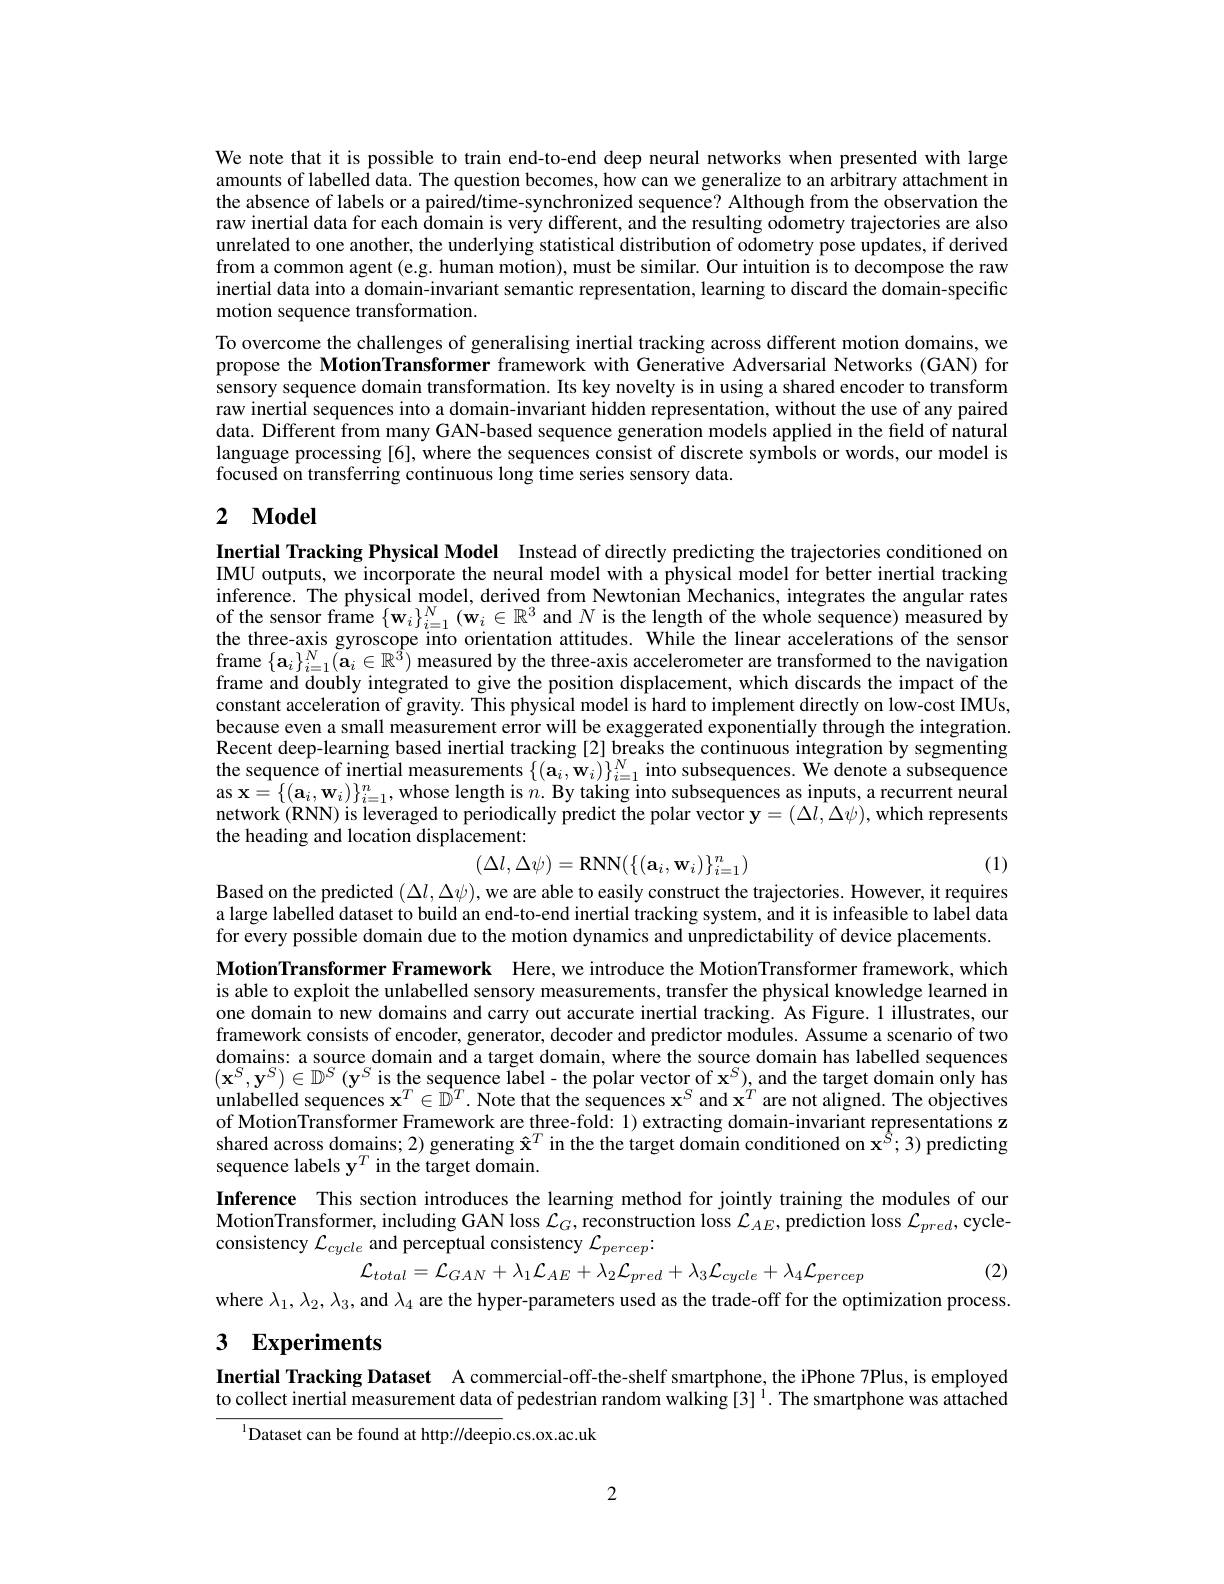
We note that it is possible to train end-to-end deep neural networks when presented with large amounts of labelled data. The question becomes, how can we generalize to an arbitrary attachment in the absence of labels or a paired/time-synchronized sequence? Although from the observation the raw inertial data for each domain is very different, and the resulting odometry trajectories are also unrelated to one another, the underlying statistical distribution of odometry pose updates, if derived from a common agent (e.g. human motion), must be similar. Our intuition is to decompose the raw inertial data into a domain-invariant semantic representation, learning to discard the domain-specific motion sequence transformation.
To overcome the challenges of generalising inertial tracking across different motion domains, we propose the MotionTransformer framework with Generative Adversarial Networks (GAN) for sensory sequence domain transformation. Its key novelty is in using a shared encoder to transform raw inertial sequences into a domain-invariant hidden representation, without the use of any paired data. Different from many GAN-based sequence generation models applied in the field of natural language processing [6], where the sequences consist of discrete symbols or words, our model is focused on transferring continuous long time series sensory data.

## 2 $\mathbf{Model}$

Inertial Tracking Physical Model Instead of directly predicting the trajectories conditioned on IMU outputs, we incorporate the neural model with a physical model for better inertial tracking inference. The physical model, derived from Newtonian Mechanics, integrates the angular rates of the sensor frame $\{\mathbf{w}_i\}_{i=1}^N(\mathbf{w}_i\in\mathbb{R}^3$ and $N$ is the length of the whole sequence) measured by the three-axis gyroscope into orientation attitudes. While the linear accelerations of the sensor frame $\{\mathbf{a}_i\}_{i=1}^N(\mathbf{a}_i\in\mathbb{R}^3)$ measured by the three-axis accelerometer are transformed to the navigation frame and doubly integrated to give the position displacement, which discards the impact of the constant acceleration of gravity. This physical model is hard to implement directly on low-cost IMUs, because even a small measurement error will be exaggerated exponentially through the integration. Recent deep-learning based inertial tracking [2] breaks the continuous integration by segmenting the sequence of inertial measurements $\{(\mathbf{a}_i,\mathbf{w}_i)\}_{i=1}^N$ into subsequences. We denote a subsequence as $\mathbf{x}=\{(\mathbf{a}_i,\mathbf{w}_i)\}_{i=1}^n$,whose length is $n. \textbf{By taking into subsequences as inputs, a recurrent neural}$ network (RNN) is leveraged to periodically predict the polar vector $\mathbf{y}=(\Delta l,\Delta\psi)$, which represents the heading and location displacement:
$$(\Delta l,\Delta\psi)=\mathrm{RNN}(\{(\mathbf{a}_i,\mathbf{w}_i)\}_{i=1}^n)$$
(1)

Based on the predicted $(\Delta l,\Delta\psi)$, we are able to easily construct the trajectories. However, it requires a large labelled dataset to build an end-to-end inertial tracking system, and it is infeasible to label data for every possible domain due to the motion dynamics and unpredictability of device placements.

MotionTransformer Framework Here,we introduce the MotionTransformer framework, which is able to exploit the unlabelled sensory measurements, transfer the physical knowledge learned in one domain to new domains and carry out accurate inertial tracking. As Figure. 1 illustrates, our framework consists of encoder, generator, decoder and predictor modules. Assume a scenario of two domains: a source domain and a target domain, where the source domain has labelled sequences $(\mathbf{x}^{S},\mathbf{y}^{S})\in\mathbb{D}^{S}\left(\mathbf{y}^{S}\text{ is the sequence label-the polar vector of x}^{S}\right)$,and the target domain only has unlabelled sequences $\mathbf{x}^T\in\hat{\mathbb{D}}^T.$ Note that the sequences $\mathbf{x}^S$ and $\mathbf{x}^T$ are not aligned. The objectives of MotionTransformer Framework are three- fold: 1) extracting domain- invariant representations z of MotionTransformer Framework are three- fold: 1) extracting domain- invariant representations$\mathbf{z}$ shared across domains; 2) generating $\hat{\mathbf{x}}^T$ in the the target domain conditioned on $\mathbf{x}^{\hat{S}};3)$ predicting sequence labels $\mathbf{y}^T$ in the target domain.

Inference This section introduces the learning method for jointly training the modules of our MotionTransformer, including GAN loss $\mathcal{L}_G$, reconstruction loss $\mathcal{L}_AE$, prediction loss $\mathcal{L}_pred$, cycleconsistency $\mathcal{L}_{cycle}$ and perceptual consistency $\mathcal{L}_percep.$
$$\mathcal{L}_{total}=\mathcal{L}_{GAN}+\lambda_{1}\mathcal{L}_{AE}+\lambda_{2}\mathcal{L}_{pred}+\lambda_{3}\mathcal{L}_{cycle}+\lambda_{4}\mathcal{L}_{percep}$$
(2)

where $\lambda_1,\lambda_2,\lambda_3$, and $\lambda_4$ are the hyper-parameters used as the trade-off for the optimization process.

3 Experiments

Inertial Tracking Dataset A commercial-off-the-shelf smartphone, the iPhone 7Plus, is employed to collect inertial measurement data of pedestrian random walking [3] $^1.$ The smartphone was attached

$^{1}$Dataset can be found at http://deepio.cs.ox.ac.uk

2